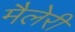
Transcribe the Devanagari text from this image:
मैलेरी